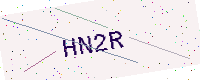
Text: HN2R